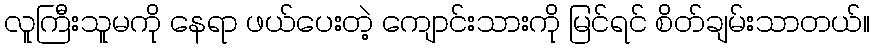
လူကြီးသူမကို နေရာ ဖယ်ပေးတဲ့ ကျောင်းသားကို မြင်ရင် စိတ်ချမ်းသာတယ်။